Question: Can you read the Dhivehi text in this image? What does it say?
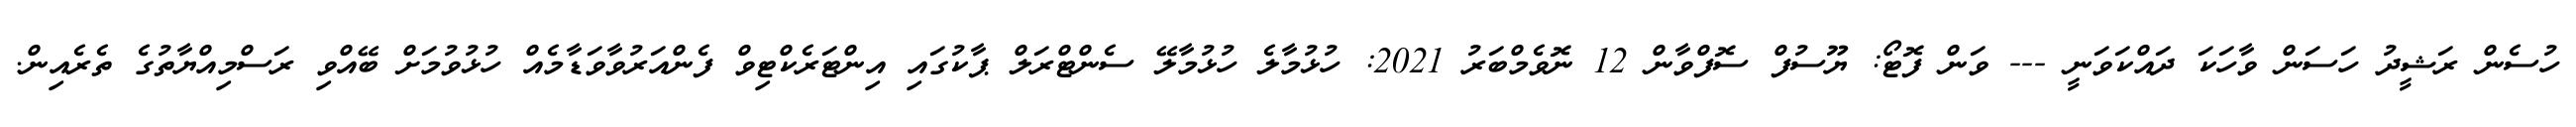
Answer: ހުސެން ރަޝީދު ހަސަން ވާހަކަ ދައްކަވަނީ --- ވަން ފޮޓޯ: ޔޫސުފް ސޮފްވާން 12 ނޮވެމްބަރު 2021: ހުޅުމާލެ ހުޅުމާލޭ ސެންޓްރަލް ޕާކުގައި އިންޓަރެކްޓިވް ފެންއަރުވާވަޑާމެއް ހުޅުވުމަށް ބޭއްވި ރަސްމިއްޔާތުގެ ތެރެއިން.